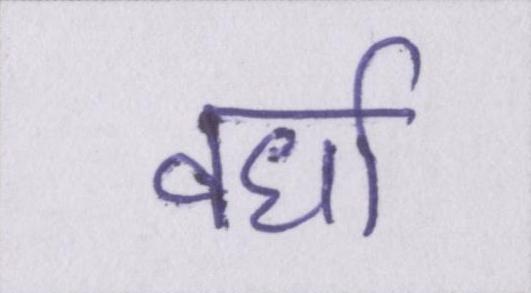
वर्धा